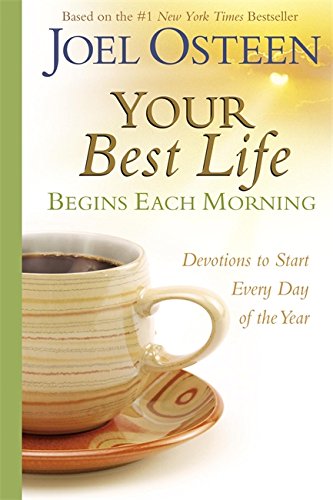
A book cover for Your Best Life Begins Each Morning: Devotions to Start Every Day of the Year (Faithwords); Joel Osteen; Christian Books & Bibles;